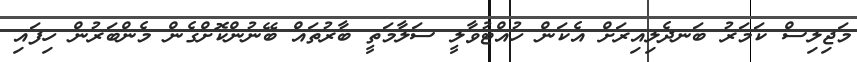
މަޖިލިސް ކަމަރު ބަނދެލިއިރަށް އެކަން ހުއްޓުވާލީ ސަލާމަތީ ބާރުތައް ބޭނުންކޮށްގެން މެންބަރުން ހިފައި